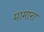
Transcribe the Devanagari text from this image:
मामारा